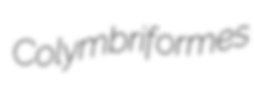
Colymbriformes